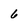
Character: 6